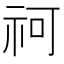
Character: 𥘫